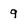
Character: 9